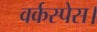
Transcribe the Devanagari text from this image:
वर्कस्पेस।